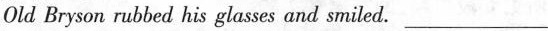
Old Bryson rubbed his glasses and smiled. ___